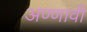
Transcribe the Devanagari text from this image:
अण्णावी